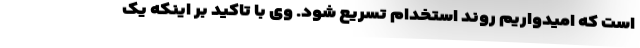
است که امیدواریم روند استخدام تسریع شود. وی با تاکید بر اینکه یک